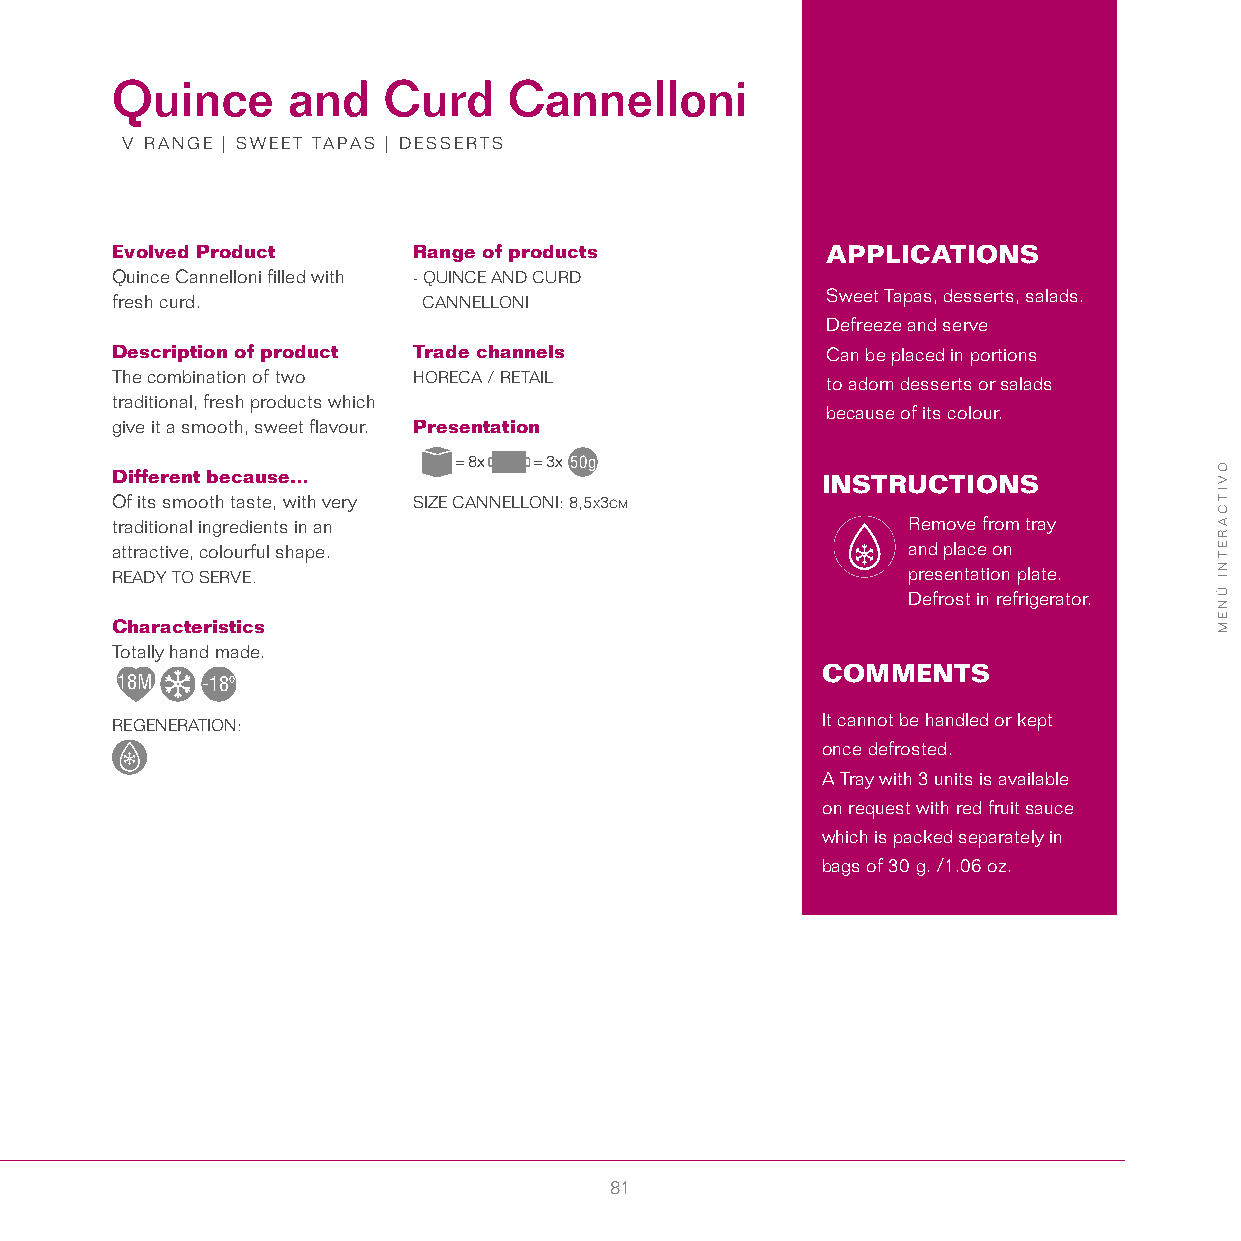
Quince      and   Curd     Cannelloni
 V RANGE | SWEET TAPAS | DESSERTS
 Evolved Product     Range of products           APPLICATIONS
 Quince Cannelloni filled with - QUINCE AND CURD
 fresh curd.          CANNELLONI                 Sweet Tapas, desserts, salads.
 Defreeze and serve
 Description of product Trade channels           Can be placed in portions
 The combination of two HORECA / RETAIL          to adorn desserts or salads
 traditional, fresh products which
 because of its colour.
 give it a smooth, sweet flavour. Presentation
 = 8x = 3x 50g
 Different because…                             INSTRUCTIONS
 Of its smooth taste, with very SIZE CANNELLONI: 8,5x3cm
 traditional ingredients in an                        Remove from tray
 attractive, colourful shape.                         and place on
 READY TO SERVE.                                      presentation plate.
 Defrost in refrigerator.
 Characteristics
 Totally hand made.
 COMMENTS
 18M  -18º
 REGENERATION:                                  It cannot be handled or kept
 once defrosted.
 A Tray with 3 units is available
 on request with red fruit sauce
 which is packed separately in
 bags of 30 g. /1.06 oz.
 81
 OVITCARETNI
 ÚNEM